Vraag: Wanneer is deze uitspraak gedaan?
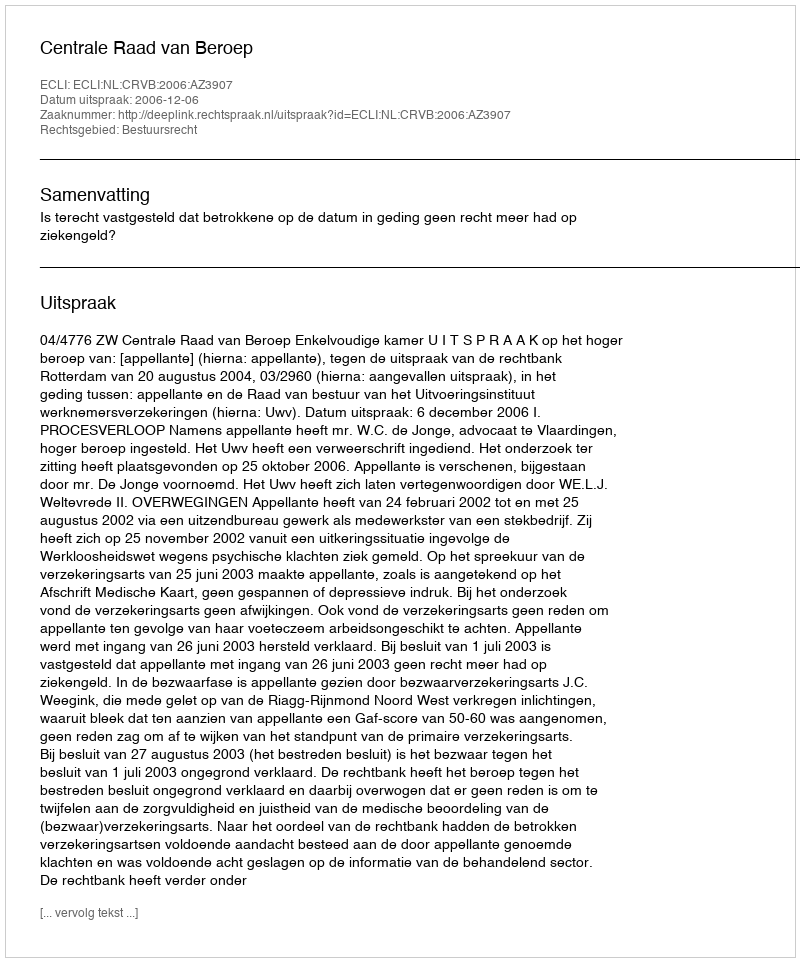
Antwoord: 2006-12-06